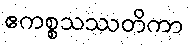
ဧကစ္စသဿတိကာ